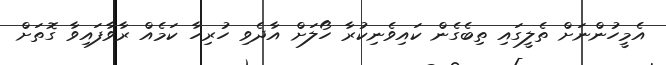
އެމީހުންނަށް ތެލީގައި ތިބެގެން ކައިވެނިކުރާ ހޯލަށް އާދެވި ހުރިހާ ކަމެއް ރާވާފައިވާ ގޮތަށް